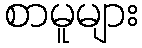
စာမူများ